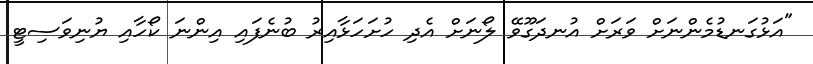
"އަޅުގަނޑުމެންނަށް ވަރަށް އުނދަގޫވޭ ލޯނަށް އެދި ހުށަހަޅާއިރު ބުނެފައި އިންނަ ކޯހާއި ޔުނިވަސިޓީ